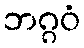
ဘဂ္ဂဝံ